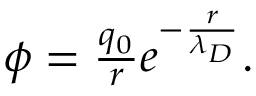
\begin{array} { r } { \phi = \frac { q _ { 0 } } { r } e ^ { - \frac { r } { \lambda _ { D } } } . } \end{array}